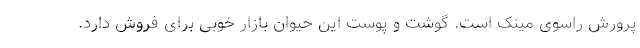
پرورش راسوی مینک است. گوشت و پوست این حیوان بازار خوبی برای فروش دارد.